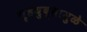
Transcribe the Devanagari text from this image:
गृहयुद्धामुळे